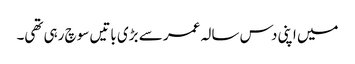
میں اپنی دس سالہ عمر سے بڑی باتیں سوچ رہی تھی۔